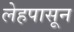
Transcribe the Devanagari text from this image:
लेहपासून